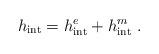
LaTeX: \begin{align*}h _{\rm int}=h ^{e}_{\rm int}+h ^{m}_{\rm int} \ .\end{align*}